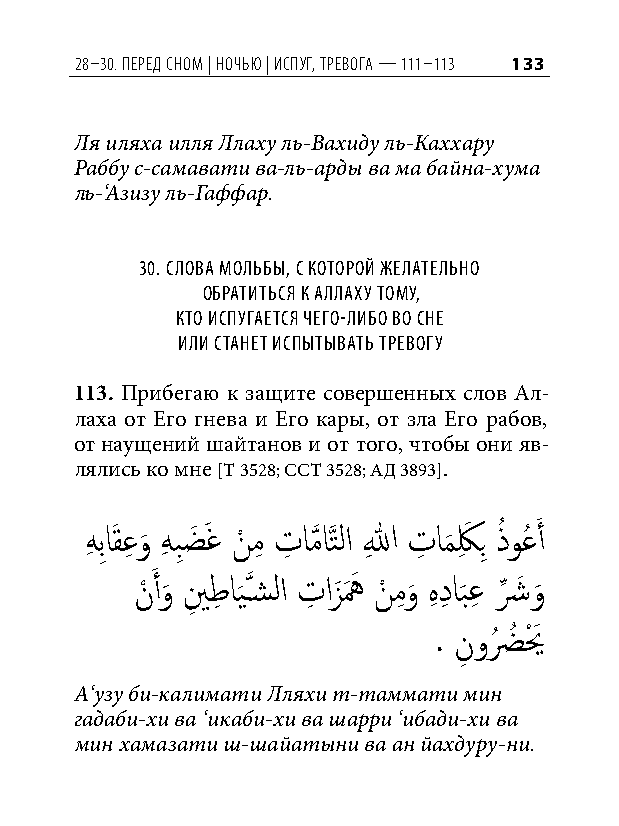
28–30. Перед сном | ночью | исПуг, тревога — 111–113 133
 Ля иляха илля Ллаху ль-Вахиду ль-Каххару
 Раббу с-самавати ва-ль-арды ва ма байна-хума
 ль-‘Азизу ль-Гаффар.
 30. Слова мольбы, С которой желательно
 обратитьСя к аллаху тому,
 кто иСпугаетСя чего-либо во Сне
 или Станет иСпытывать тревогу
 113. Прибегаю к защите совершенных слов Ал-
 лаха от Его гнева и Его кары, от зла Его рабов,
 от наущений шайтанов и от того, чтобы они яв-
 лялись ко мне [Т 3528; ССТ 3528; АД 3893].
 هِ بِاَقعِ و
 َ
 هِ بِضَ َغ نْ مِ تِ امَّذ اَّذتلا اللهِ تِ ام
 َ
 كِ َ بِ ذُ وعُ َ أ
 نْ َ أو
 َ
 ينِ طِ اي
 َ
 َّذسشلا تِ ازَ هَ َ نْ مِ و
 َ
 هِ دِ اب
 َ
 عِ شِّ َ و
 َ
 . نِ وضُ ُ يْ َ
 А‘узу би-калимати Лляхи т-таммати мин
 гадаби-хи ва ‘икаби-хи ва шарри ‘ибади-хи ва
 мин хамазати ш-шайатыни ва ан йахдуру-ни.